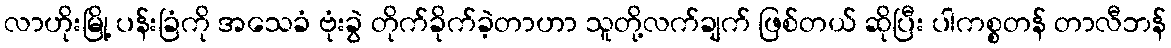
လာဟိုးမြို့ ပန်းခြံကို အသေခံ ဗုံးခွဲ တိုက်ခိုက်ခဲ့တာဟာ သူတို့လက်ချက် ဖြစ်တယ် ဆိုပြီး ပါကစ္စတန် တာလီဘန်